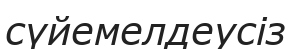
сүйемелдеусіз